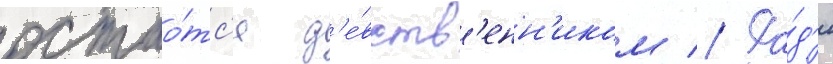
остао́тс'я д'е́вств'енн'иком // Ра́д'и